Indian journal of veterinary science and animal husbandry - Volume 5,
Year: 1935
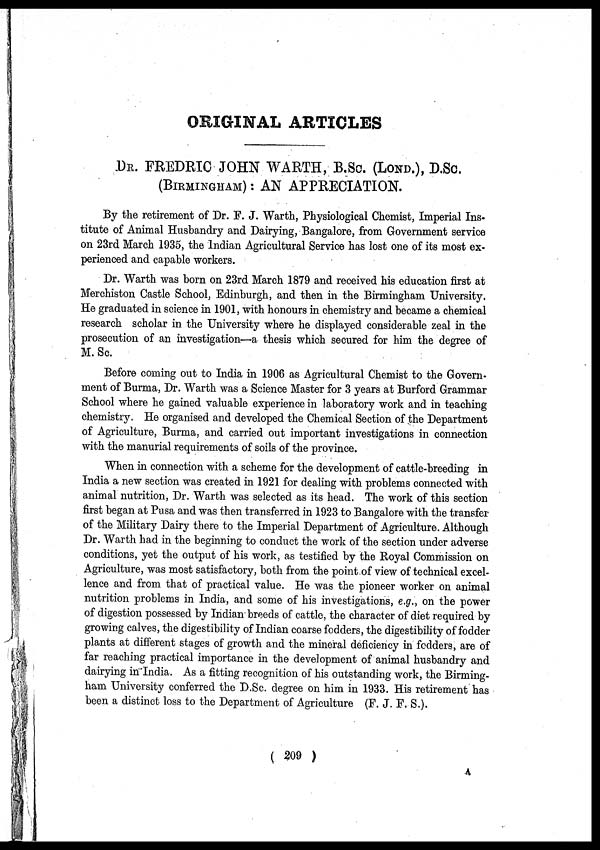
ORIGINAL ARTICLES
DR. FREDRIC JOHN WARTH, B.Sc. (LOND.), D.Sc.
(BIRMINGHAM) : AN APPRECIATION.
By the retirement of Dr. F. J. Warth, Physiological Chemist, Imperial Ins-
titute of Animal Husbandry and Dairying, Bangalore, from Government service
on 23rd March 1935, the Indian Agricultural Service has lost one of its most ex-
perienced and capable workers.
Dr. Warth was born on 23rd March 1879 and received his education first at
Merchiston Castle School, Edinburgh, and then in the Birmingham University.
He graduated in science in 1901, with honours in chemistry and became a chemical
research scholar in the University where he displayed considerable zeal in the
prosecution of an investigation—a thesis which secured for him the degree of
M.Sc.
Before coming out to India in 1906 as Agricultural Chemist to the Govern-
ment of Burma, Dr. Warth was a Science Master for 3 years at Burford Grammar
School where he gained valuable experience in laboratory work and in teaching
chemistry. He organised and developed the Chemical Section of the Department
of Agriculture, Burma, and carried out important investigations in connection
with the manurial requirements of soils of the province.
When in connection with a scheme for the development of cattle-breeding in
India a new section was created in 1921 for dealing with problems connected with
animal nutrition, Dr. Warth was selected as its head. The work of this section
first began at Pusa and was then transferred in 1923 to Bangalore with the transfer
of the Military Dairy there to the Imperial Department of Agriculture. Although
Dr. Warth had in the beginning to conduct the work of the section under adverse
conditions, yet the output of his work, as testified by the Royal Commission on
Agriculture, was most satisfactory, both from the point of view of technical excel-
lence and from that of practical value. He was the pioneer worker on animal
nutrition problems in India, and some of his investigations, e.g., on the power
of digestion possessed by Indian breeds of cattle, the character of diet required by
growing calves, the digestibility of Indian coarse fodders, the digestibility of fodder
plants at different stages of growth and the mineral deficiency in fodders, are of
far reaching practical importance in the development of animal husbandry and
dairying in India. As a fitting recognition of his outstanding work, the Birming-
ham University conferred the D.Sc. degree on him in 1933. His retirement has
been a distinct loss to the Department of Agriculture (F. J. F. S.).
( 209 )